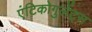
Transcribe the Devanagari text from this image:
एंटिकोगुलेंट्स